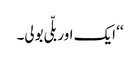
‘‘ ایک اور بلّی بولی۔